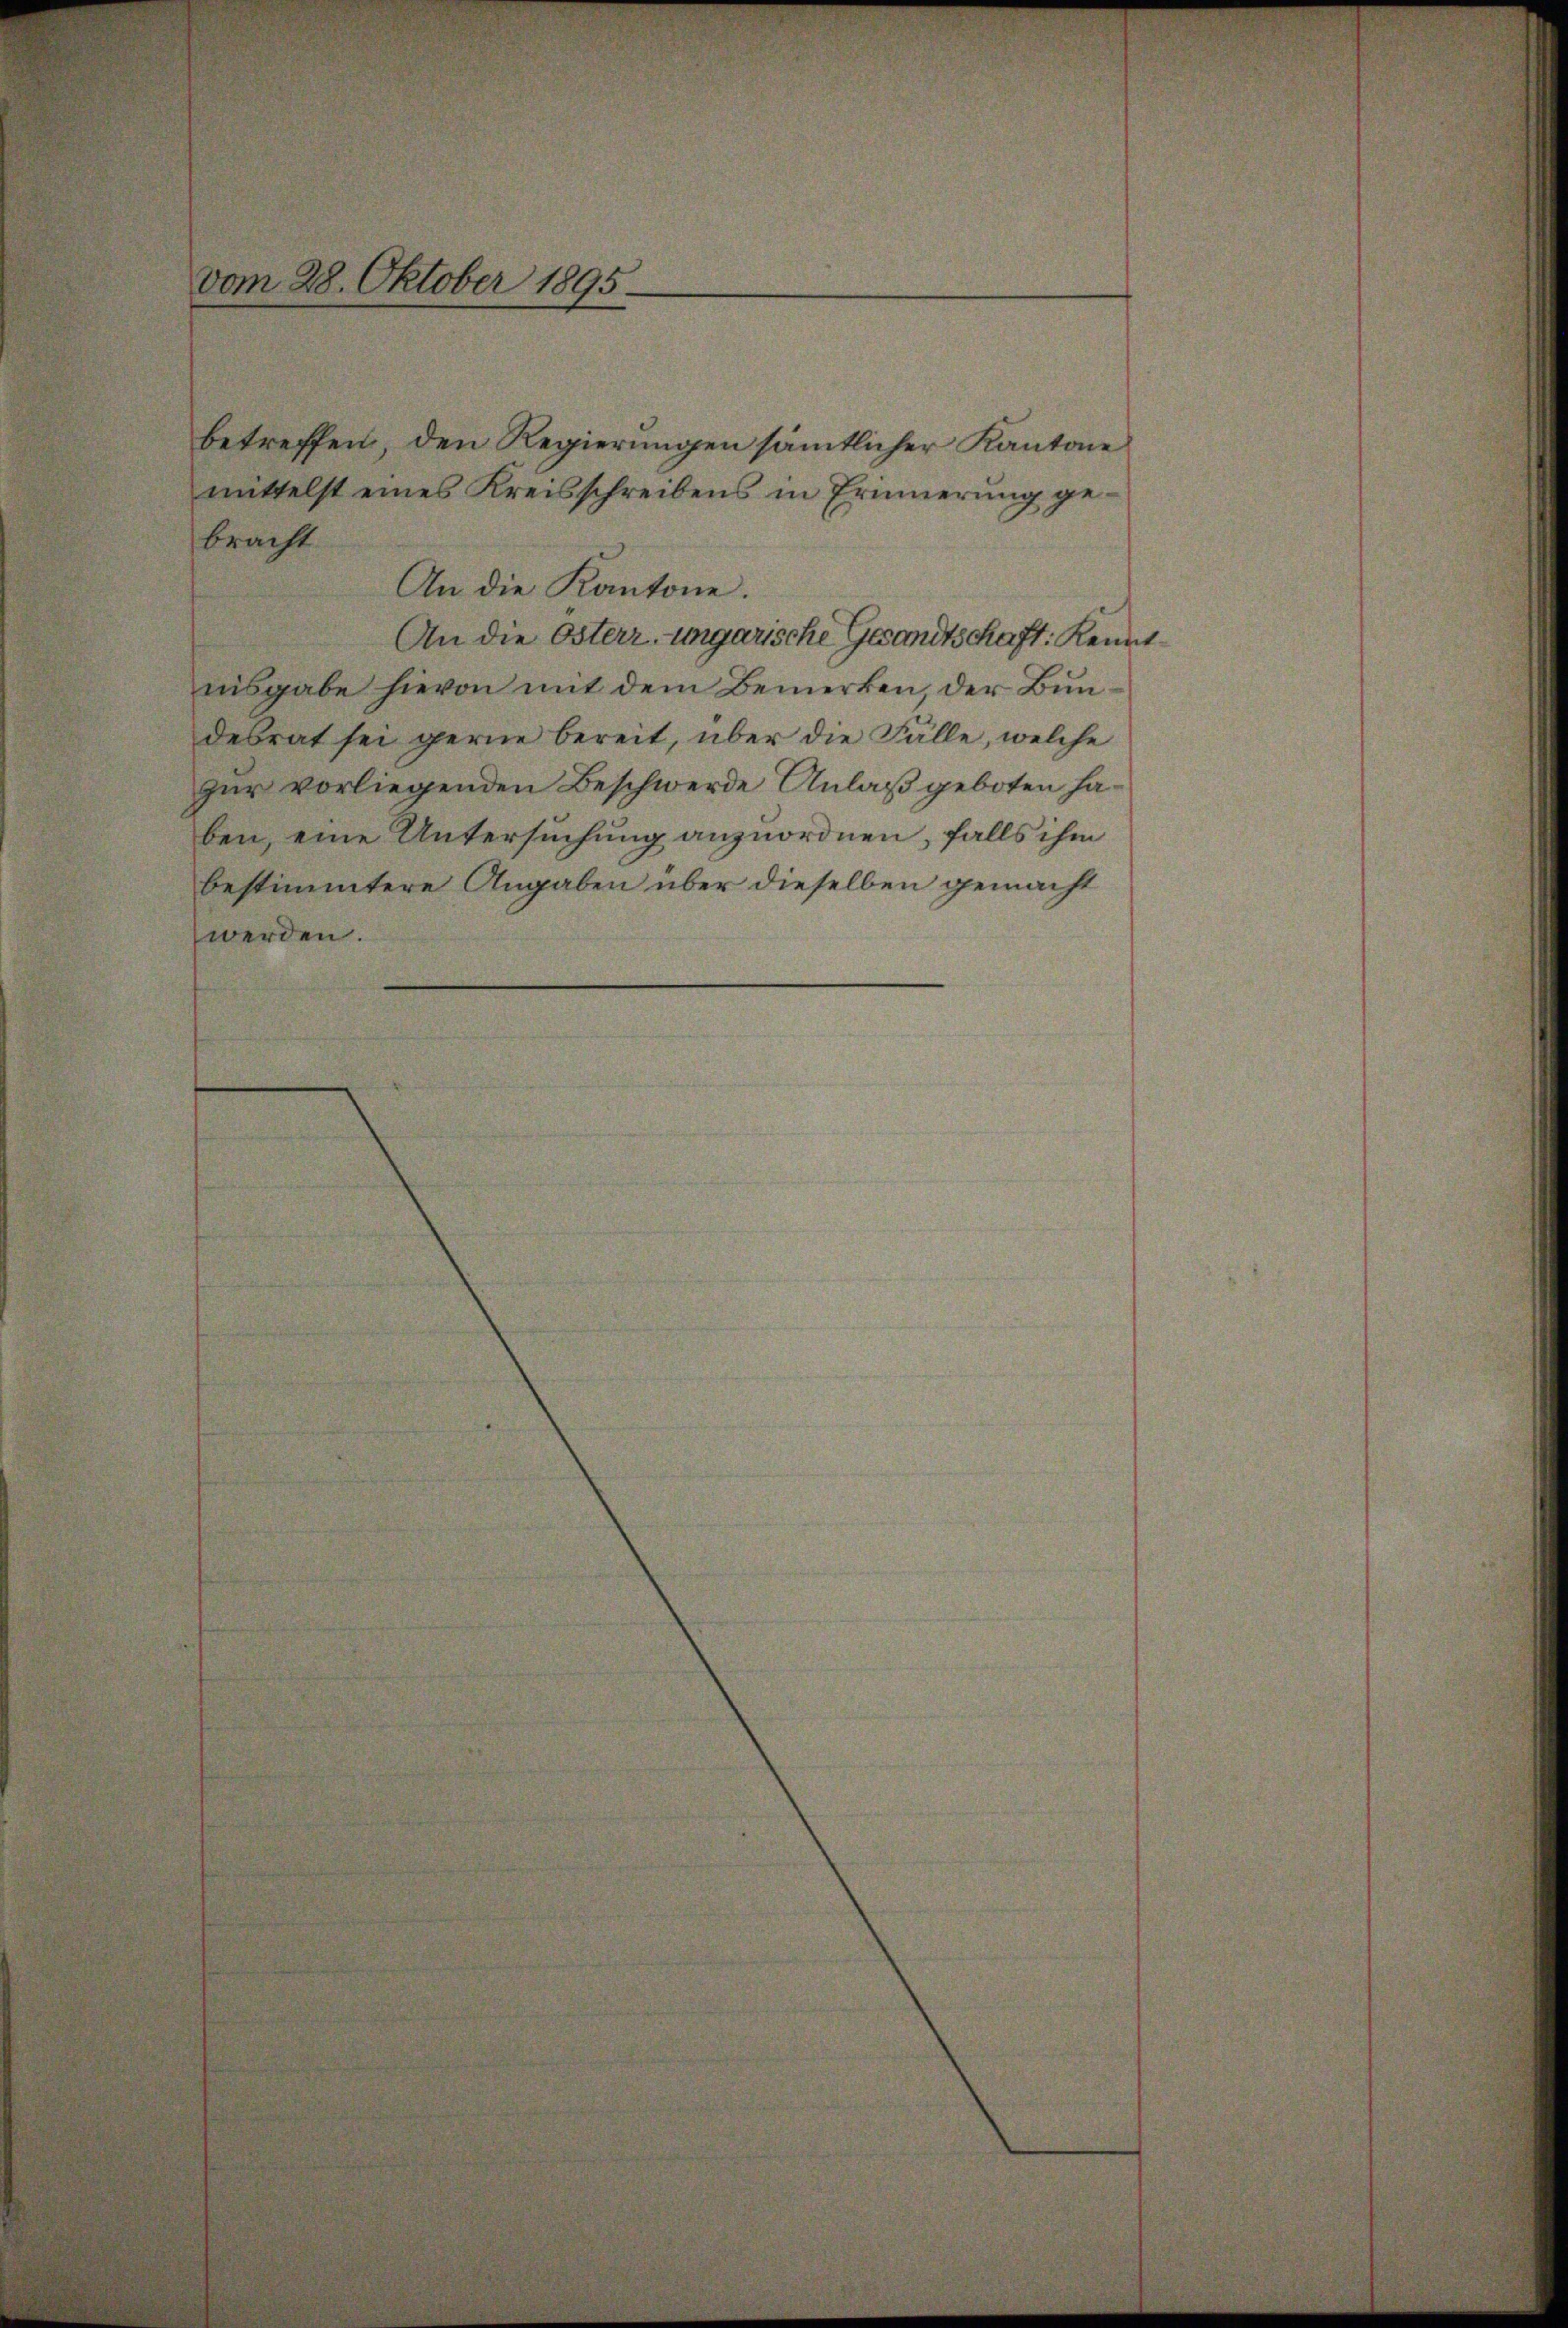
vom 28. Oktober 1895.

betreffen, den Regierungen sämmtlicher Kantone
mittelst eines Kreisschreibens in Erinnerung gebracht
An die Kantone.
An die Osterr. ungarische Gesandtschaft Kenntnisgabe hievon mit dem Bemerken, der Bundebrat sei gerne bereit, über die Fälle, welche
zur vorliegenden Beschwerde Anlaß geboten haben, eine Untersuchung anzuordnen, falls ihm
bestimmtere Angaben über dieselben gemacht
werden.